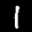
Label: 1